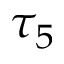
\tau _ { 5 }